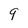
Character: 9